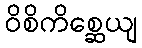
ဝိစိကိစ္ဆေယျ